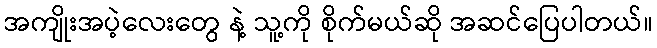
အကျိုးအပဲ့လေးတွေ နဲ့ သူ့ကို စိုက်မယ်ဆို အဆင်ပြေပါတယ်။